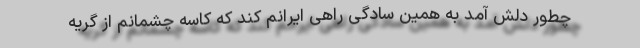
چطور دلش آمد به همین سادگی راهی ایرانم کند که کاسه چشمانم از گریه